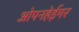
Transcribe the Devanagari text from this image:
ओपनहेईमर